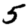
Digit: 5